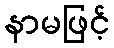
နာမဖြင့်